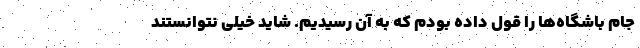
جام باشگاه‌ها را قول داده بودم که به آن رسیدیم. شاید خیلی نتوانستند